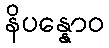
နိပန္နောဝ